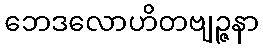
ဘေဒလောဟိတဗျဉ္ဇနာ